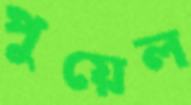
পুয়েল